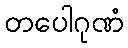
တပေါဂုဏံ